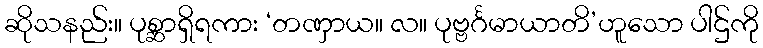
ဆိုသနည်း။ ပုစ္ဆာရှိရကား ‘တဏှာယ။ လ။ ပုဗ္ဗင်္ဂမာယာတိ’ဟူသော ပါဌ်ကို